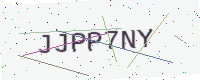
Text: JJPP7NY